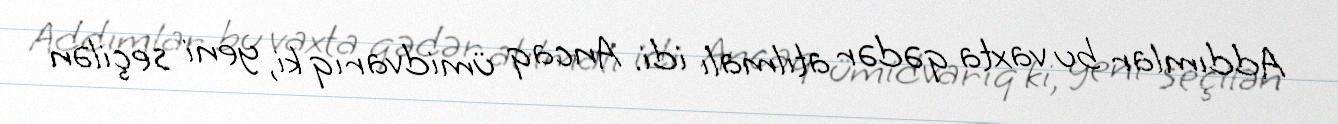
Addımlar bu vaxta qədər atılmalı idi. Ancaq ümidvarıq ki, yeni seçilən